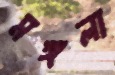
মঙ্গলা